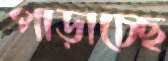
পাড়াচ্ছে